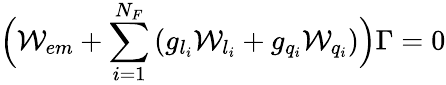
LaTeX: \Bigl({\cal W}_{em}+\sum_{i=1}^{N_{F}}\left(g_{l_{i}}{\cal W}_{l_{i}}+g_{q_{i}}{\cal W}_{q_{i}}\right)\Bigr)\Gamma=0